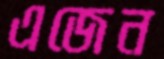
এজেন